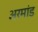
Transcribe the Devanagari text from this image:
अरमांड